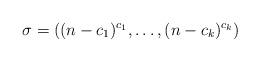
LaTeX: \begin{align*}\sigma=((n-c_1)^{c_1},\ldots,(n-c_k)^{c_k})\end{align*}